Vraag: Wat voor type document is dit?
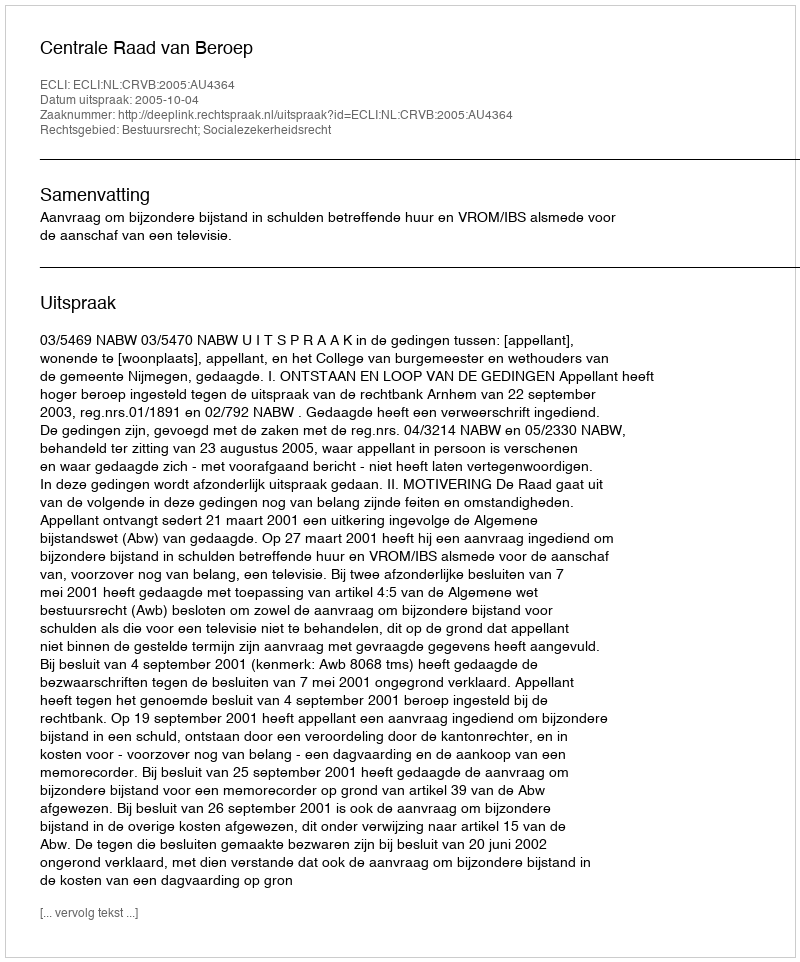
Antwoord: Uitspraak